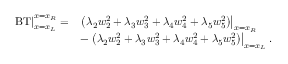
\begin{array} { r l } { \left. \operatorname { B T } \right| _ { x = x _ { L } } ^ { x = x _ { R } } = } & { \left. \left( \lambda _ { 2 } { w } _ { 2 } ^ { 2 } + \lambda _ { 3 } { w } _ { 3 } ^ { 2 } + \lambda _ { 4 } { w } _ { 4 } ^ { 2 } + \lambda _ { 5 } { w } _ { 5 } ^ { 2 } \right) \right| _ { x = x _ { R } } } \\ & { - \left. \left( \lambda _ { 2 } { w } _ { 2 } ^ { 2 } + \lambda _ { 3 } { w } _ { 3 } ^ { 2 } + \lambda _ { 4 } { w } _ { 4 } ^ { 2 } + \lambda _ { 5 } { w } _ { 5 } ^ { 2 } \right) \right| _ { x = x _ { L } } . } \end{array}